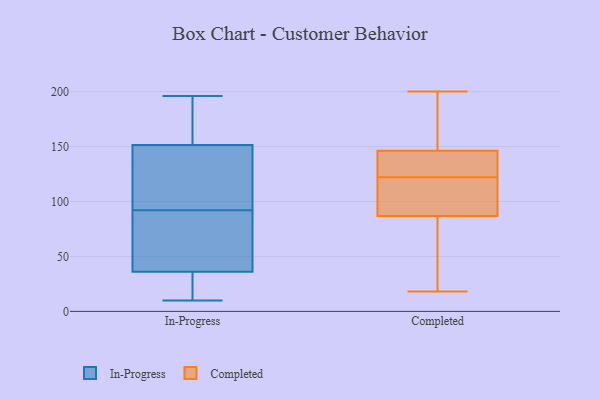
{"axis": {"x": "Market Share (%)", "y": "Value"}, "legend": ["Completed", "In-Progress"], "data": [{"x": "", "y": 52, "type": "In-Progress"}, {"x": "", "y": 129, "type": "In-Progress"}, {"x": "", "y": 196, "type": "In-Progress"}, {"x": "", "y": 12, "type": "In-Progress"}, {"x": "", "y": 172, "type": "In-Progress"}, {"x": "", "y": 112, "type": "In-Progress"}, {"x": "", "y": 46, "type": "In-Progress"}, {"x": "", "y": 33, "type": "In-Progress"}, {"x": "", "y": 89, "type": "In-Progress"}, {"x": "", "y": 95, "type": "In-Progress"}, {"x": "", "y": 26, "type": "In-Progress"}, {"x": "", "y": 163, "type": "In-Progress"}, {"x": "", "y": 39, "type": "In-Progress"}, {"x": "", "y": 167, "type": "In-Progress"}, {"x": "", "y": 140, "type": "In-Progress"}, {"x": "", "y": 10, "type": "In-Progress"}, {"x": "", "y": 189, "type": "Completed"}, {"x": "", "y": 89, "type": "Completed"}, {"x": "", "y": 110, "type": "Completed"}, {"x": "", "y": 141, "type": "Completed"}, {"x": "", "y": 126, "type": "Completed"}, {"x": "", "y": 166, "type": "Completed"}, {"x": "", "y": 86, "type": "Completed"}, {"x": "", "y": 136, "type": "Completed"}, {"x": "", "y": 63, "type": "Completed"}, {"x": "", "y": 135, "type": "Completed"}, {"x": "", "y": 82, "type": "Completed"}, {"x": "", "y": 18, "type": "Completed"}, {"x": "", "y": 148, "type": "Completed"}, {"x": "", "y": 160, "type": "Completed"}, {"x": "", "y": 92, "type": "Completed"}, {"x": "", "y": 122, "type": "Completed"}, {"x": "", "y": 102, "type": "Completed"}, {"x": "", "y": 31, "type": "Completed"}, {"x": "", "y": 200, "type": "Completed"}]}